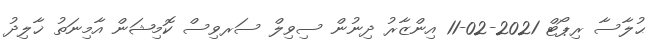
ޙުލާސާ ރިޕޯޓް 2021-02-11 އިންޒާރު ދިނުން ސިވިލް ސަރވިސް ކޮމިޝަން އާމިނަތު ޚާލިދު